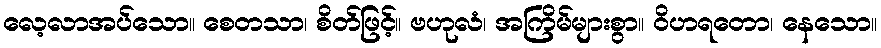
လေ့လာအပ်သော။ စေတသာ၊ စိတ်ဖြင့်။ ဗဟုလံ၊ အကြိမ်များစွာ။ ဝိဟရတော၊ နေသော။